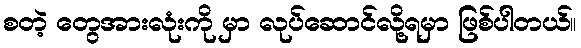
စတဲ့ တွေအားလုံးကို မှာ လုပ်ဆောင်လို့ရမှာ ဖြစ်ပါတယ်။